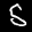
Label: 5